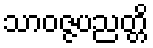
သာဝဇ္ဇပညတ္တိ